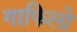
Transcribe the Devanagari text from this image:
गाफिलो